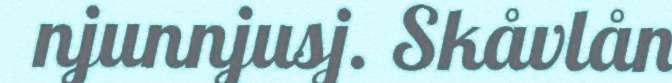
njunnjusj. Skåvlån